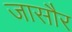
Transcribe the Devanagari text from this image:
जासौर